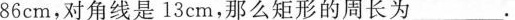
86cm，对角线是13cm，那么矩形的周长为___.